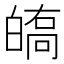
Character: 𤾘